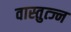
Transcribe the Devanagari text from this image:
वास्तुत्ज्न